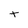
Character: t